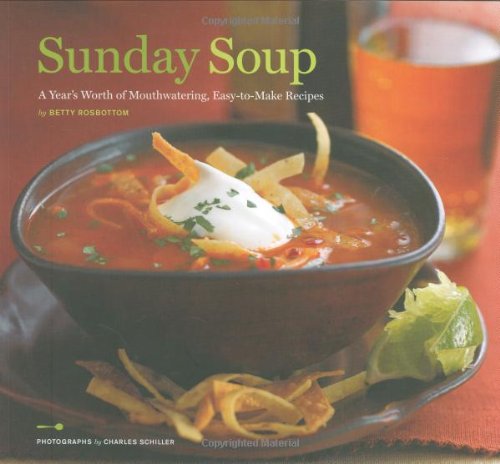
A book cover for Sunday Soup: A Year's Worth of Mouth-Watering, Easy-to-Make Recipes; Betty Rosbottom; Cookbooks, Food & Wine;